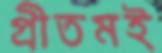
প্রীতমই